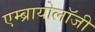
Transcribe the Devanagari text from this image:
एम्ब्रायोलाॅजी